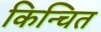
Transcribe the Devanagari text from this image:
किन्चित